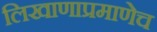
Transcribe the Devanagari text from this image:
लिखाणाप्रमाणेच